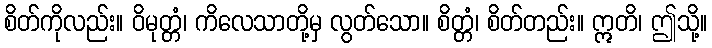
စိတ်ကိုလည်း။ ဝိမုတ္တံ၊ ကိလေသာတို့မှ လွတ်သော။ စိတ္တံ၊ စိတ်တည်း။ ဣတိ၊ ဤသို့။